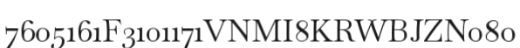
7605161F3101171VNMI8KRWBJZN080